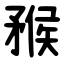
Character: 䂉